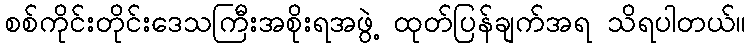
စစ်ကိုင်းတိုင်းဒေသကြီးအစိုးရအဖွဲ့ ထုတ်ပြန်ချက်အရ သိရပါတယ်။